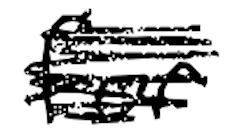
Text: for
Cross-out: scratch
Writing tool: digital_black